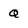
Character: Q